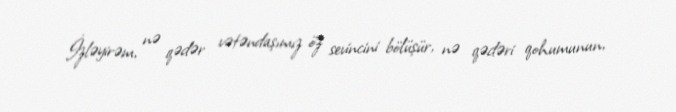
İzləyirəm, nə qədər vətəndaşımız öz sevincini bölüşür, nə qədəri qohumunun,